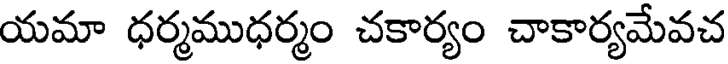
యమా ధర్మముధర్మం చకార్యం చాకార్యమేవచ